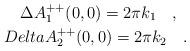
LaTeX: \begin{align*}\Delta A_1^{++}(0,0)=2\pi k_1\ \ \ ,\ \ \\Delta A_2^{++}(0,0)=2\pi k_2\ \ \ .\end{align*}